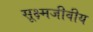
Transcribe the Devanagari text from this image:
सूक्ष्मजीवीय